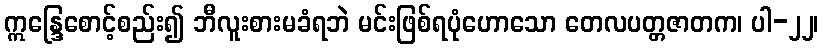
ဣန္ဒြေစောင့်စည်း၍ ဘီလူးစားမခံရဘဲ မင်းဖြစ်ရပုံဟောသော တေလပတ္တဇာတက၊ ပါ-၂၂၊